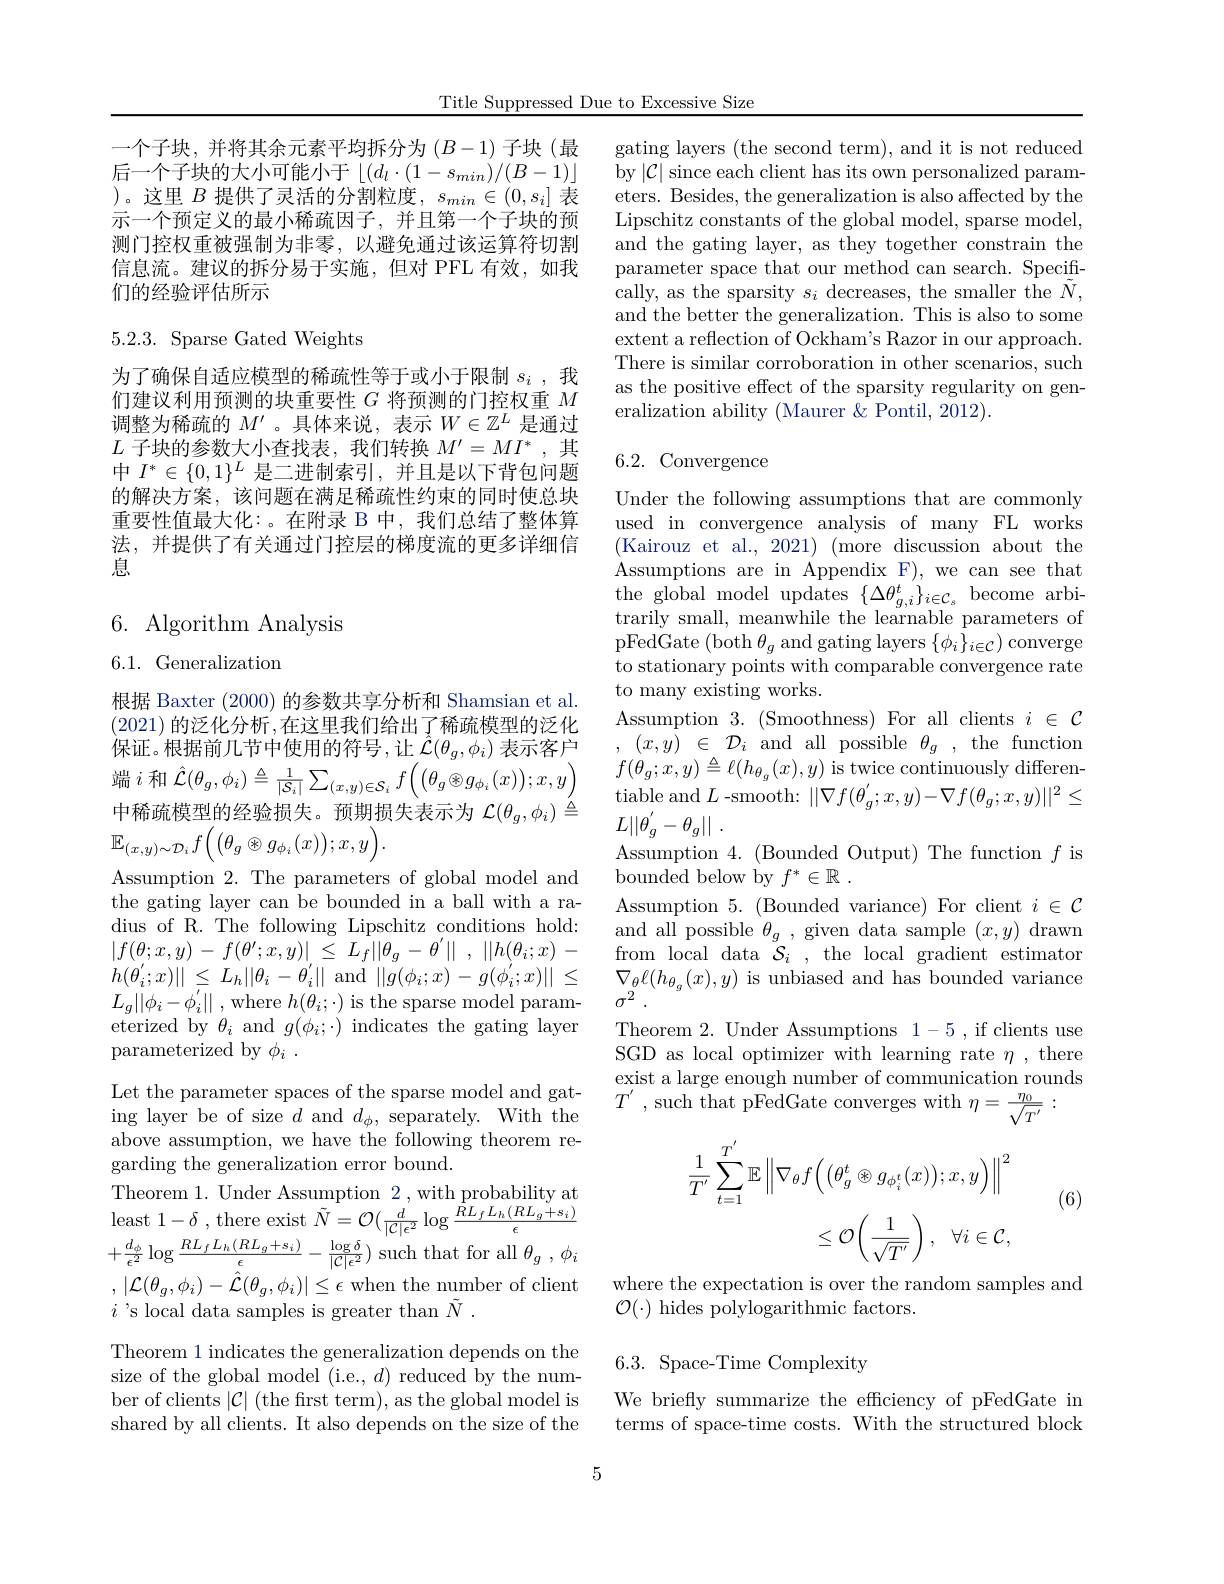
Title Suppressed Due to Excessive Size

一个子块，并将其余元素平均拆分为$(B-1)$子块 (最后一个子块的大小可能小于$\left\lfloor(d_l\cdot(1-s_{min})/(B-1)\right\rfloor$ $\underline{)。这里\:B\:提供了灵活的分割粒度，\:s_{min}\in(0,s_{i}]\:}$表示一个预定义的最小稀疏因子，并且第一个子块的预测门控权重被强制为非零，以避免通过该运算符切割信息流。建议的拆分易于实施，但对 PFL 有效，如我们的经验评估所示

5.2.3. Sparse Gated Weights

为了确保自适应模型的稀疏性等于或小于限制$s_i$ ,我们建议利用预测的块重要性$G$将预测的门控权重$M$ 调整为稀疏的$M^\prime$ 。具体来说，表示$W\in\mathbb{Z}^L$是通过$L$子块的参数大小查找表，我们转换$M^\prime=MI^*$,其中$I^*\in\{0,1\}^L$是二进制索引，并且是以下背包问题的解决方案，该问题在满足稀疏性约束的同时使总块重要性值最大化：。在附录 B 中，我们总结了整体算法，并提供了有关通过门控层的梯度流的更多详细信息

6. Algorithm Analysis

6.1. Generalization

根据 Baxter (2000) 的参数共享分析和 Shamsian et al. (2021) 的泛化分析，在这里我们给出了稀疏模型的泛化保证。根据前几节中使用的符号，让$\hat{\mathcal{L}}(\theta_g,\phi_i)$表示客户端$i$和$\hat{\mathcal{L}}(\theta_g,\phi_i)\triangleq\frac1{|\mathcal{S}_i|}\sum_{(x,y)\in\mathcal{S}_i}f\left(\left(\theta_g\otimes g_{\phi_i}(x)\right);x,y\right)$ 中稀疏模型的经验损失。预期损失表示为$\mathcal{L}(\theta_g,\phi_i)\stackrel{\acute{\Delta}}{\operatorname*{=}}$ $\mathbb{E}_{(x,y)\sim\mathcal{D}_i}f\Big(\big(\theta_g\otimes g_{\phi_i}(x)\big);x,y\Big).$
Assumption 2. The parameters of global model and the gating layer can be bounded in a ball with a radius of R. The following Lipschitz conditions hold: $| f( \theta ; x, y)$ - $f( \theta ^{\prime }; x, y) |$ $\leq$ $L_{f}| | \theta _{g}$ - $\theta ^{\prime }\|$ , $| | h( \theta _{i}; x)$ - $h( \theta _{i}^{\prime }; x) \|$ $\leq$ $L_{h}| | \theta _{i}- \theta _{i}^{\prime }| |$ and $| | g( \phi _{i}; x) - g( \phi _{i}^{\prime }; x) | |$ $\leq$ $L_{g}| | \phi _{i}- \phi _{i}^{^{\prime }}| |$ ,where $h(\theta_{i};\cdot)$ is the sparse model parameterized by $\theta_i$ and $g(\phi_i;\cdot)$ indicates the gating layer parameterized by $\phi _i$ .
Let the parameter spaces of the sparse model and gating layer be of size $d$ and $d_\phi$, separately. With the above assumption, we have the following theorem regarding the generalization error bound.
Theorem 1. Under Assumption 2,with probability at $\begin{array}{l}{\mathrm{1neorem~1.~0~nuer~assumpton~2,~witn~probaonnty~au}}\\{\mathrm{least~1-\delta~,~there~exist~}\tilde{N}=\mathcal{O}(\frac{d}{|\mathcal{C}|\epsilon^{2}}\log\frac{RL_{f}L_{h}(RL_{g}+s_{i})}{\epsilon}}\end{array}$ $+\frac{d_{\phi}}{\epsilon^{2}}\log\frac{RL_{f}L_{h}(RL_{g}+s_{i})}{\epsilon}-\frac{\log\delta}{|\mathcal{C}|\epsilon^{2}})$ such that for all $\theta_g,\phi_{i}$ $,|\mathcal{L}(\theta_{g},\phi_{i})-\hat{\mathcal{L}}(\theta_{g},\phi_{i})|\leq\epsilon$ when the number of client $i$ 's local data samples is greater than $\tilde{N}$
Theorem 1 indicates the generalization depends on the size of the global model (i.e., $d)$ reduced by the number of clients $|\mathcal{C}|$ (the first term), as the global model is shared by all clients. It also depends on the size of the

5

gating layers (the second term), and it is not reduced by $|\mathcal{C}|$ since each client has its own personalized parameters. Besides, the generalization is also affected by the Lipschitz constants of the global model, sparse model, and the gating layer, as they together constrain the parameter space that our method can search. Specifically, as the sparsity $s_{i}$ decreases, the smaller the $\tilde{N}$, and the better the generalization. This is also to some extent a reflection of Ockham's Razor in our approach. There is similar corroboration in other scenarios, such as the positive effect of the sparsity regularity on generalization ability (Maurer &Pontil, 2012).

# 6.2. Convergence

Under the following assumptions that are commonly used in convergence analysis of many FL works (Kairouz et al., 2021) (more discussion about the Assumptions are in Appendix F), we can see that $\begin{array}{l}\mathrm{the~global~model~updates~}\{\Delta\theta_{g,i}^{t}\}_{i\in\mathcal{C}_s}&\mathrm{become~arbi-}\\\mathrm{trarily~small,~meanwhile~the~learnable~parameters~of}\end{array}$ pFedGate (both$\theta_g$ and gating layers $\{\phi_i\}_{i\in\mathcal{C}})$ converge to stationary points with comparable convergence rate to many existing works.
Assumption $3. \allowbreak ( {\mathrm{mod}} $Smoothness) For all clients $i\in \mathcal{C} )$ , $( x, \dot{y} )$ $\in$ $\mathcal{D} _{i}$ and all possible $\theta _g$ , the function $f(\theta_g;x,y)\triangleq\ell(h_{\theta_g}(x),y)$ is twice continuously differen- $\mathop{\text{tiable and}}L$-smooth:$||\nabla f(\theta_g^{\prime};x,y)-\nabla f(\theta_g;x,y)||^2\leq$ $L| | \theta _g^{^{\prime }}- \theta _g| |$ .
Assumption 4. (Bounded Output) The function $f$ is
bounded below by $f^* \in \mathbb{R}$ .
Assumption 5. (Bounded variance) For client $i\in\mathcal{C}$ and all possible $\theta_g$, given data sample $(x,y)$ drawn from local data $\mathcal{S}_i$, the local gradient estimator $\nabla_{\theta}\ell(h_{\theta_{g}}(x),y)$ is unbiased and has bounded variance $\sigma ^{\bar{2} }$ .
Theorem 2. Under Assumptions 1-5, if clients use SGD as local optimizer with learning rate $\eta$, there exist a large enough number of communication rounds $T^{\prime }$ ,such that pFedGate converges with $\eta = \frac \eta 0{\sqrt {T^{\prime }}}$ :

(6)
$$\begin{aligned}\frac{1}{T^{'}}\sum_{t=1}^{T^{'}}\mathbb{E}\left\|\nabla_{\theta}f\Big(\big(\theta_{g}^{t}\otimes g_{\phi_{i}^{t}}(x)\big);x,y\Big)\Big\|^{2}\\&\leq\mathcal{O}\left(\frac{1}{\sqrt{T^{'}}}\right),\:\forall i\in\mathcal{C},\\&&\text{.}\\&&\text{.}\\&&\text{.}\\&&\text{.}\\&&&\text{.}\\&&&\text{.}\\&&&\text{.}\\&&&\text{.}\\&&&\text{.}\\&&&\text{.}\\&&&\text{.}\\&&&\text{.}\\&&&\text{.}\\&&&&\text{.}\\&&&\text{.}\\&&&\text{.}\\&&&\text{.}\\&&&\text{.}\\&&&\text{.}\\&&&\text{.}\\&&&\text{.}\\&&&\text{.}\\&&&\text{.}\\&&&\text{.}\\&&&\text{.}\\&&&\text{.}\\&&&\text{.}\\&&&\text{.}\\&&&\text{.}\\&&&\text{.}\\&&&\text{.}\\&&&\text{.}\\&&&\text{.}\\&&&\text{.}\\&&&\text{.}\\&&&\text{.}\\&&&\text{.}\\&&&\text{.}\\&&&\text{.}\\&&&\text{.}\\&&&\text{.}\\&&&\text{.}\\&&&\text{.}\\&&&\text{.}\\&&&\text{.}\\&&&\text{.}\\&&&\text{.}\\&&&\text{.}\\&&&\text{.}\\&&&\text{.}\\&&&\text{.}\\&&&\text{.}\\&&&\text{.}\\&&&\text{.}\\&&&\text{.}\\&&&\text{.}\\&&&\text{.}\\&&&\text{.}\\&&&\text{.}\\&&&\text{.}\\&&&\text{.}\\&&&\text{.}\\&&&\text{.}\\&&&\text{.}\\&&&\text{.}\\&&&\text{.}\\&&&\text{.}\\&&&\text{.}\\&&&\text{.}\\&&&\text{.}\\&&&\text{.}\\&&&\text{.}\\&&&\text{.}\\&&&\text{.}\\&&&\text{.}\\&&&\text{.}\\&&&\text{.}\\&&&\text{.}\\&&&\text{.}\\&&&\text{.}\\&&&\text{.}\\&&&\text{.}\\&&&\text{.}\\&&&\text{.}\\&&&\text{.}\\&&&\text{.}\\&&&\text{.}\\&&&\text{.}\\&&&\text{.}\\&&&\text{.}\\&&&\text{.}\\&&&\text{.}\\&&&\text{.}\\&&&\text{.}\\&&&\text{.}\\&&&\text{.}\\&&&\text{.}\\&&&\text{.}\\&&&\text{.}\\&&&\text{.}\\&&&\text{.}\\&&&\text{.}\\&&&\text{.}\\&&&\text{.}\\&&&\text{.}\\&&&\text{.}\\&&&\text{.}\\&&&\text{.}\\&&&\text{.}\\&&&\text{.}\\&&&\text{.}\\&&&\text{.}\\&&&\text{.}\\&&&\text{.}\\&&&\text{.}\\&&&\text{.}\\&&&\text{.}\\&&&\text{.}\\&&&\text{.}\\&&&\text{.}\\&&&\text{.}\\&&&\text{.}\\&&&\text{.}\\&&&\text{.}\\&&&\text{.}\\&&&\text{.}\\&&&\text{.}\\&&&\text{.}\\&&&\text{.}\\&&$$
where the expectation is over the random samples and
$\mathcal{O}(\cdot)$ hides polylogarithmic factors.

## 6.3. Space-Time Complexity

We briefly summarize the efficiency of pFedGate in terms of space-time costs. With the structured block